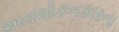
અવલોકનકારના